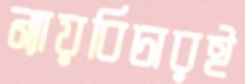
ন্যায়বিচারই